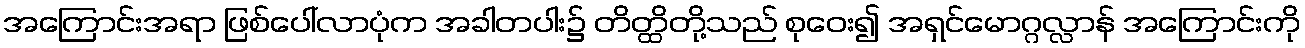
အကြောင်းအရာ ဖြစ်ပေါ်လာပုံက အခါတပါး၌ တိတ္ထိတို့သည် စုဝေး၍ အရှင်မောဂ္ဂလ္လာန် အကြောင်းကို